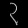
Digit: ၃